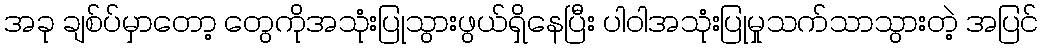
အခု ချစ်ပ်မှာတော့ တွေကိုအသုံးပြုသွားဖွယ်ရှိနေပြီး ပါဝါအသုံးပြုမှုသက်သာသွားတဲ့ အပြင်